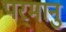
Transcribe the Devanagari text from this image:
परमानु